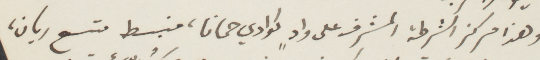
وهذا مركزها الشرطة المشرف على واد كوادي حمانا، منبسط متسع ريان،